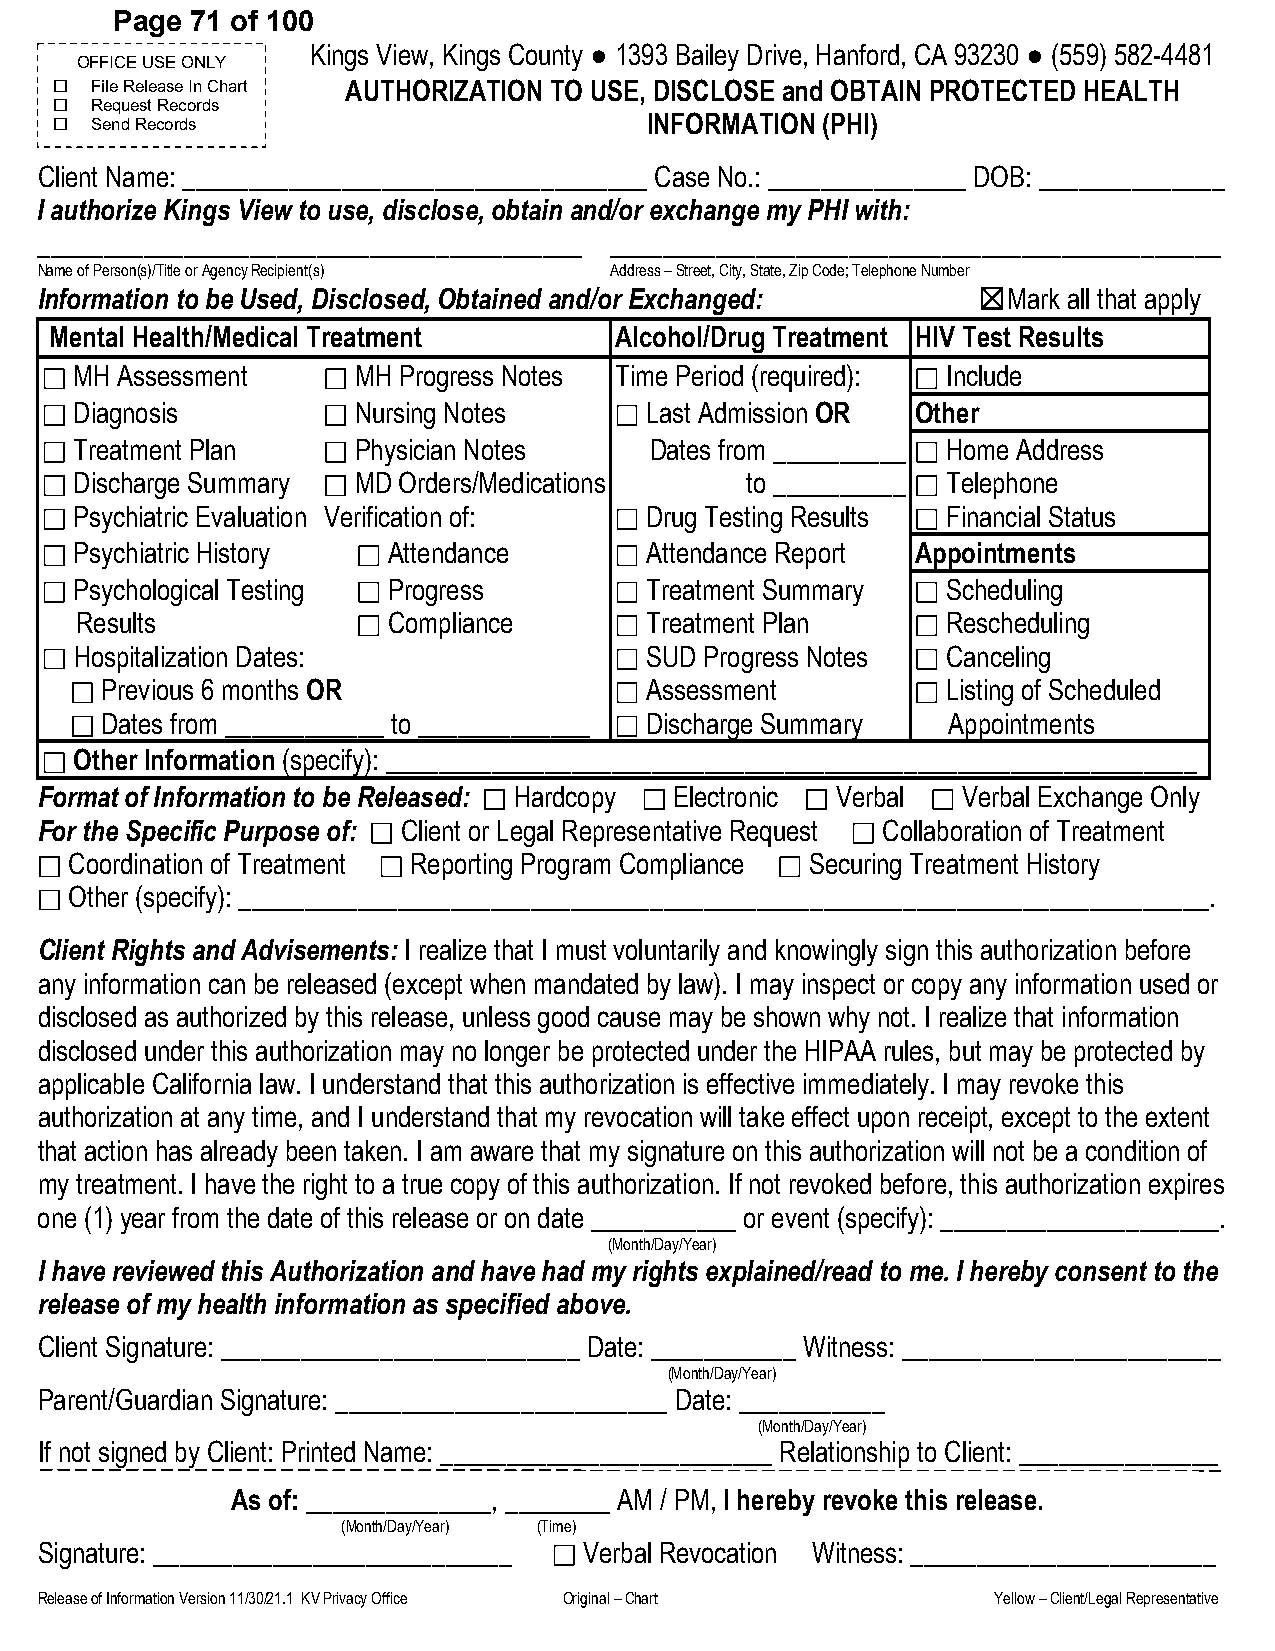
Page 71 of 100
 Kings View, Kings County ● 1393 Bailey Drive, Hanford, CA 93230 ● (559) 582-4481
 OFFICE USE ONLY
  File Rele ase In Chart AUTHORIZATION TO USE, DISCLOSE and OBTAIN PROTECTED HEALTH
  Request Records
  Send Records                         INFORMATION (PHI)
 Client Name: ___________________________________ Case No.: _______________ DOB: ______________
 I authorize Kings View to use, disclose, obtain and/or exchange my PHI with:
 _________________________________________ ______________________________________________
 Name of Person(s)/Title or Agency Recipient(s) Address – Street, City, State, Zip Code; Telephone Number
 Information to be Used, Disclosed, Obtained and/or Exchanged:  ☒Mark all that apply
 Mental Health/Medical Treatment       Alcohol/Drug Treatment HIV Test Results
 MH Assessment     MH Progress Notes Time Period (required): Include
 Diagnosis         Nursing Notes       Last Admission OR Other
 Treatment Plan    Physician Notes     Dates from __________ Home Address
 Discharge Summary MD Orders/Medications     to __________ Telephone
 Psychiatric Evaluation Verification of: Drug Testing Results Financial Status
 Psychiatric History  Attendance       Attendance Report Appointments
 Psychological Testing Progress        Treatment Summary   Scheduling
 Results              Compliance       Treatment Plan      Rescheduling
 Hospitalization Dates:                SUD Progress Notes  Canceling
 Previous 6 months OR                Assessment          Listing of Scheduled
 Dates from ____________ to _____________ Discharge Summary Appointments
 Other Information (specify): _____________________________________________________________
 Format of Information to be Released: Hardcopy Electronic Verbal Verbal Exchange Only
 For the Specific Purpose of: Client or Legal Representative Request Collaboration of Treatment
 Coordination of Treatment Reporting Program Compliance Securing Treatment History
 Other (specify): _________________________________________________________________________.
 Client Rights and Advisements: I realize that I must voluntarily and knowingly sign this authorization before
 any information can be released (except when mandated by law). I may inspect or copy any information used or
 disclosed as authorized by this release, unless good cause may be shown why not. I realize that information
 disclosed under this authorization may no longer be protected under the HIPAA rules, but may be protected by
 applicable California law. I understand that this authorization is effective immediately. I may revoke this
 authorization at any time, and I understand that my revocation will take effect upon receipt, except to the extent
 that action has already been taken. I am aware that my signature on this authorization will not be a condition of
 my treatment. I have the right to a true copy of this authorization. If not revoked before, this authorization expires
 one (1) year from the date of this release or on date ___________ or event (specify): _____________________.
 (Month/Day/Year)
 I have reviewed this Authorization and have had my rights explained/read to me. I hereby consent to the
 release of my health information as specified above.
 Client Signature: ___________________________ Date: ___________ Witness: ________________________
 (Month/Day/Year)
 Parent/Guardian Signature: _________________________ Date: ___________
 (Month/Day/Year)
 If not signed by Client: Printed Name: _________________________ Relationship to Client: _______________
 As of: ______________, ________ AM / PM, I hereby revoke this release.
 (Month/Day/Year) (Time)
 Signature: ___________________________ Verbal Revocation Witness: _______________________
 Release of Information Version 11/30/21.1 KV Privacy Office Original – Chart Yellow – Client/Legal Representative